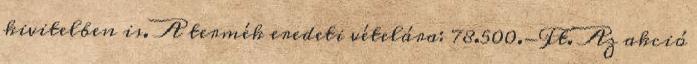
kivitelben is. A termék eredeti vételára: 78.500.-Ft. Az akció